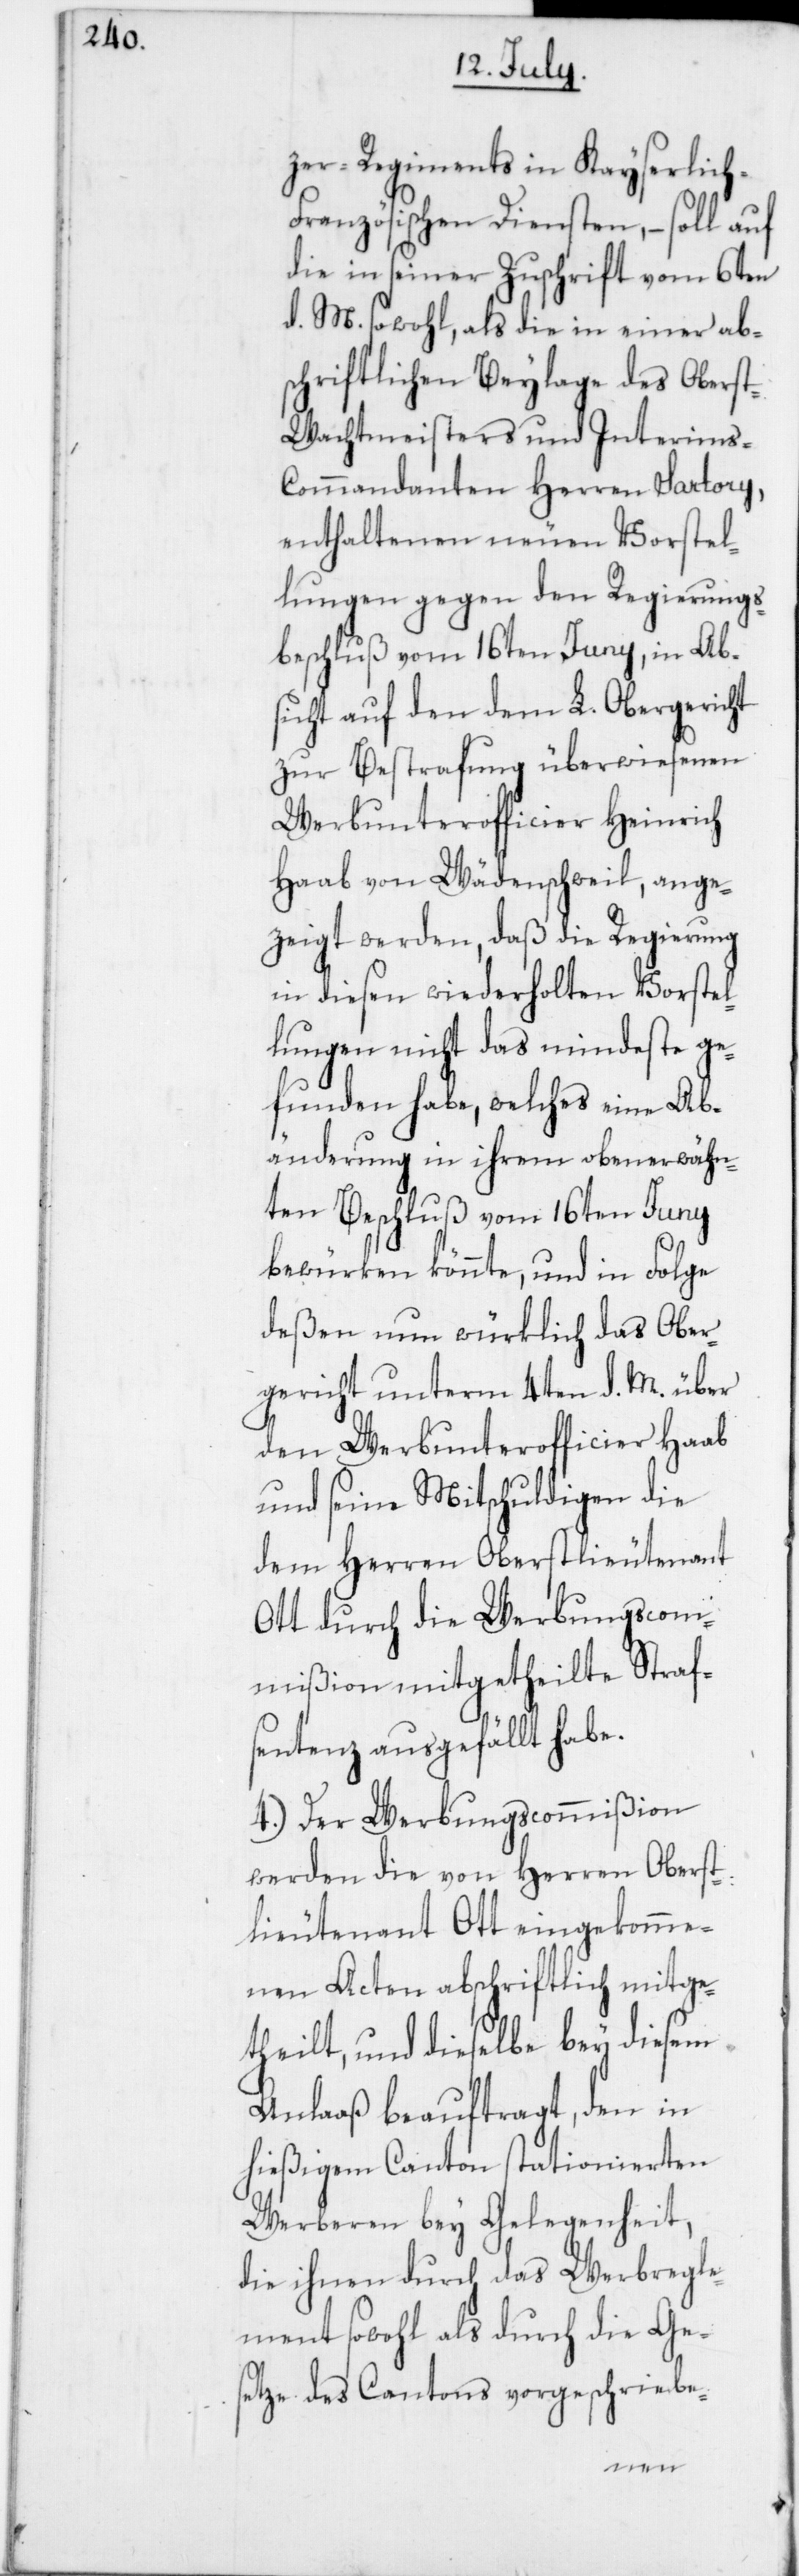
zer Regiments in Kayserlich-F¬
ranzösischen Diensten, – soll auf
die in seiner Zuschrift vom 6ten
d. M. sowohl, als die in einer ab¬
schriftlichen Beylage des Obers¬
t-Wachtmeisters und Interims-C¬
ommandanten Herren Sartory,
enthaltenen neuen Vorstel¬
lungen gegen den Regierungs¬
beschluß vom 16ten Juny, in Ab¬
sicht auf den dem L. Obergericht
zur Bestrafung überwiesenen
Werbunterofficier Heinrich
Haab von Wädenschweil, ange¬
zeigt werden, daß die Regierung
in diesen wiederholten Vorstel¬
lungen nicht das mindeste ge¬
funden habe, welches eine Ab¬
änderung in ihrem obenerwähn¬
ten Beschluß vom 16ten Juny
bewürken könnte, und in Folge
deßen nun würklich das Ober¬
gericht unterm 4ten d. M. über
den Werbunterofficier Haab
und seine Mitschuldigen die
dem Herren Oberstlieutenant
Ott durch die Werbungscom¬
mißion mitgetheilte Straf¬
sentenz ausgefällt habe.
4. Der Werbungscommißion
werden die von Herren Oberst¬
lieutenant Ott eingekomme¬
nen Acten abschriftlich mitge¬
theilt, und dieselbe bey diesem
Anlaaß beauftragt, den in
hießigem Canton stationierten
Werberen bey Gelegenheit,
die ihnen durch das Werbregle¬
ment sowohl als durch die Ges¬
etze des Cantons vorgeschriebe-